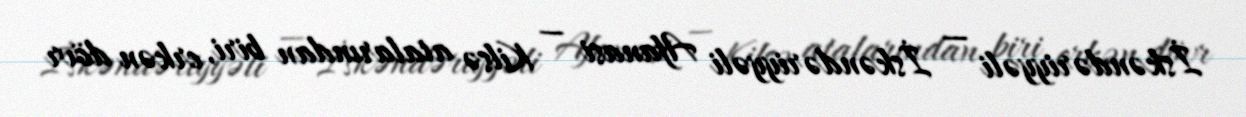
İskəndəriyyəli — İskəndəriyyəli Afanasi — Kilsə atalarından biri, erkən dövr